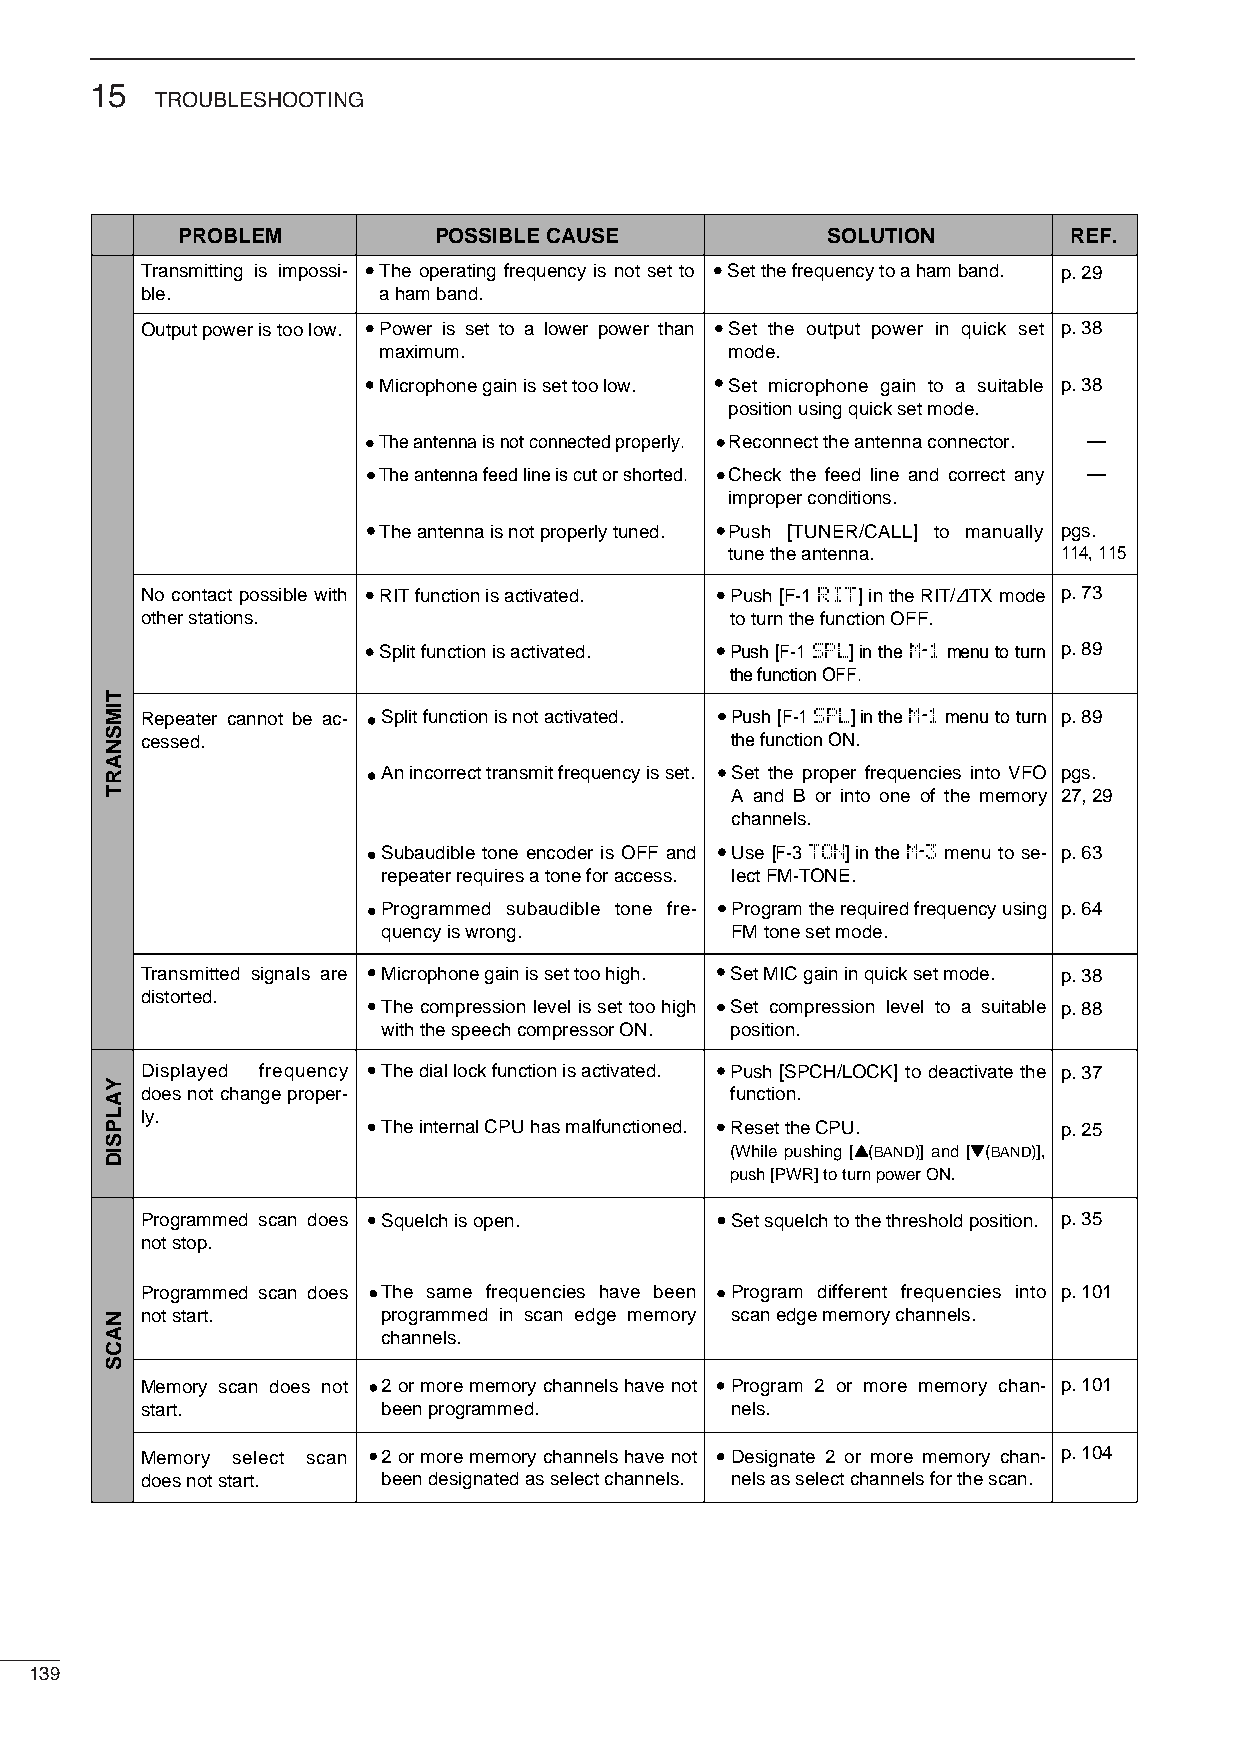
15
 TROUBLESHOOTING
 PROBLEM          POSSIBLE CAUSE            SOLUTION        REF.
 Transmitting is impossi- The operating frequency is not set to Set the frequency to a ham band. p. 29
 ble.            a ham band.
 Output power is too low. Power is set to a lower power than Set the output power in quick set p. 38
 maximum.               mode.
 Microphone gain is set too low. Set microphone gain to a suitable p. 38
 position using quick set mode.
 The antenna is not connected properly. Reconnect the antenna connector. —
 The antenna feed line is cut or shorted. Check the feed line and correct any —
 improper conditions.
 The antenna is not properly tuned. Push [TUNER/CALL] to manually pgs.
 tune the antenna.     114, 115
 No contact possible with RIT function is activated. Push [F-1 RIT] in the RIT/∂TX mode p. 73
 other stations.                        to turn the function OFF.
 Split function is activated. Push [F-1 SPL] in the M-1 menu to turn p. 89
 the function OFF.
 Repeater cannot be ac- Split function is not activated. Push [F-1 SPL] in the M-1 menu to turn p. 89
 cessed.                                the function ON.
 An incorrect transmit frequency is set. Set the proper frequencies into VFO pgs.
 A and B or into one of the memory 27, 29
 channels.
 Subaudible tone encoder is OFF and Use [F-3 TON] in the M-3 menu to se- p. 63
 repeater requires a tone for access. lect FM-TONE.
 Programmed subaudible tone fre- Program the required frequency using p. 64
 quency is wrong.       FM tone set mode.
 Transmitted signals are Microphone gain is set too high. Set MIC gain in quick set mode. p. 38
 distorted.
 The compression level is set too high Set compression level to a suitable p. 88
 with the speech compressor ON. position.
 Displayed frequency The dial lock function is activated. Push [SPCH/LOCK] to deactivate the p. 37
 does not change proper-                function.
 ly.
 The internal CPU has malfunctioned. Reset the CPU. p. 25
 (While pushing [Y(BAND)] and [Z(BAND)],
 push [PWR] to turn power ON.
 Programmed scan does Squelch is open.  Set squelch to the threshold position. p. 35
 not stop.
 Programmed scan does The same frequencies have been Program different frequencies into p. 101
 not start.      programmed in scan edge memory scan edge memory channels.
 channels.
 Memory scan does not 2 or more memory channels have not Program 2 or more memory chan- p. 101
 start.          been programmed.       nels.
 Memory select scan 2 or more memory channels have not Designate 2 or more memory chan- p. 104
 does not start. been designated as select channels. nels as select channels for the scan.
 139
 TIMSNART
 YALPSID
 NACS